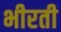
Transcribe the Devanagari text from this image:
भीरती